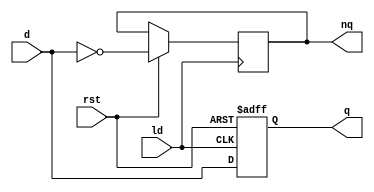
`timescale 1ns / 1ps

module dff(
		output reg q, nq,
		input d,
		input ld, rst);
	//reg q, nq;
	always @ (posedge ld or negedge rst)
	begin
		if(rst == 0)
			q <= 0;
		else
			begin
				q <= d;
				nq <= ~d;
			end
	end

	//assign nq <= q;
endmodule

module tb_dff;
	reg d;
	reg ld, rst;
	wire q, nq;
	
	dff m(q, nq, d, ld, rst);
	
	initial
	begin
		rst=0; d=1;
		#10 ld=1;
		#10 rst=1;
		#10 ld=0;
		#10 ld=1;
		#10 d=0;
		#10 ld=0;
		#10 ld=1;
		#10 ld=0; rst=0;
	end
endmodule